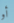
أو